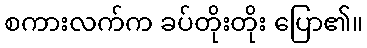
စကားလက်က ခပ်တိုးတိုး ပြော၏။